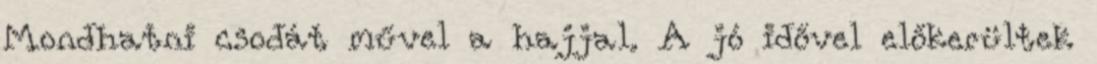
Mondhatni csodát művel a hajjal. A jó idővel előkerültek